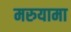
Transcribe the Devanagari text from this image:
मरुयामा